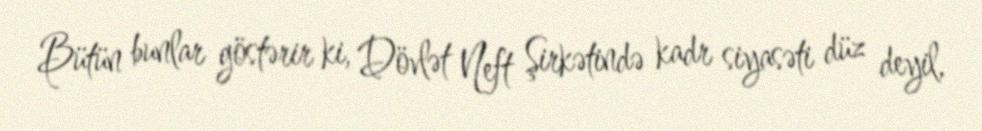
Bütün bunlar göstərir ki, Dövlət Neft Şirkətində kadr siyasəti düz deyil,